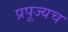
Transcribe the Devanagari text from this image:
प्रपूज्यच